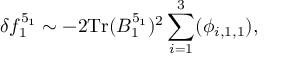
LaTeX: \delta f _ { 1 } ^ { 5 _ { 1 } } \sim - 2 \mathrm { T r } ( B _ { 1 } ^ { 5 _ { 1 } } ) ^ { 2 } \sum _ { i = 1 } ^ { 3 } ( \phi _ { i , 1 , 1 } ) ,